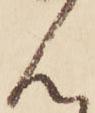
ん